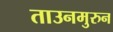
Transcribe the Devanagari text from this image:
ताउनमुरुन